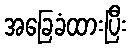
အခြေခံထားပြီး